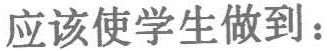
应该使学生做到：